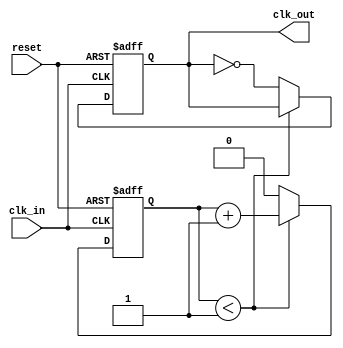
module clock_divider #(
    parameter DIV_FACTOR = 2  // Default division factor, should be > 0
)(
    input wire clk_in,         // Input clock signal
    input wire reset,          // Asynchronous reset signal
    output reg clk_out         // Divided clock output
);

    // Ensure DIV_FACTOR is greater than 0
    initial begin
        if (DIV_FACTOR <= 0) begin
            $error("DIV_FACTOR must be a positive integer.");
            $finish;
        end
    end

    reg [$clog2(DIV_FACTOR)-1:0] counter; // Counter for clock division

    always @(posedge clk_in or posedge reset) begin
        if (reset) begin
            // Reset condition
            counter <= 0;
            clk_out <= 0;  // Initial state of clk_out
        end else begin
            // Increment counter
            if (counter < DIV_FACTOR - 1) begin
                counter <= counter + 1;
            end else begin
                // Toggle clk_out and reset counter
                clk_out <= ~clk_out;
                counter <= 0;        
            end
        end
    end

endmodule